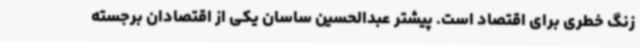
زنگ خطری برای اقتصاد است. پیشتر عبدالحسین ساسان یکی از اقتصادان برجسته